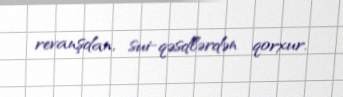
revanşdan, sui-qəsdlərdən qorxur.